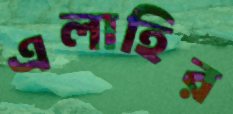
এলাহির